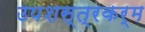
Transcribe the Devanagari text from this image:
उपशस्त्रकर्म